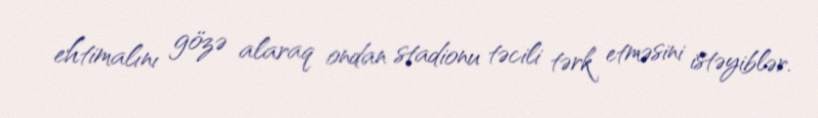
ehtimalını gözə alaraq ondan stadionu təcili tərk etməsini istəyiblər.